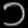
Digit: ၁